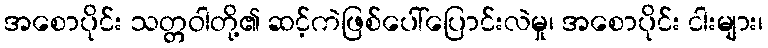
အစောပိုင်း သတ္တဝါတို့၏ ဆင့်ကဲဖြစ်ပေါ်ပြောင်းလဲမှု၊ အစောပိုင်း ငါးများ၊